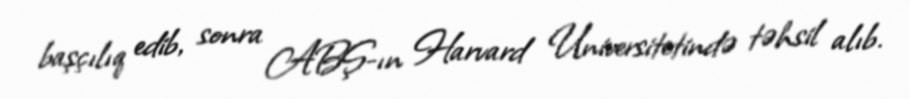
başçılıq edib, sonra ABŞ-ın Harvard Universitetində təhsil alıb.